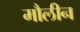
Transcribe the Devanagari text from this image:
मौलीन